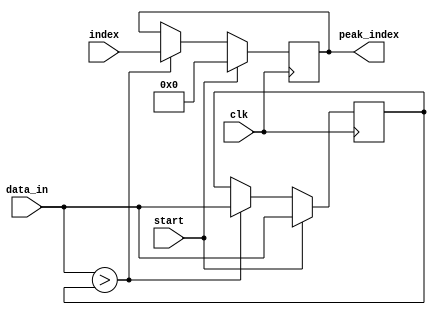
`timescale 1ns / 1ps
//////////////////////////////////////////////////////////////////////////////////
// Company: 
// Engineer: 
// 
// Design Name: 
// Module Name:    serial_peak_finder 
// Project Name: 
// Target Devices: 
// Tool versions: 
// Description: 
//
// Dependencies: 
//
// Revision: 
// Revision 0.01 - File Created
// Additional Comments: 
//
//////////////////////////////////////////////////////////////////////////////////
module serial_peak_finder(
    input clk,
    input start, //First data point must be present at data_in on cycle when start is high (1-cycle pulse)
    input signed [31:0] data_in,//on each subsequent cycle, present a new datum until don
	 input [8:0] index,
    output reg [8:0] peak_index
    );
	 
	 reg signed [31:0] largest;
	 
	 always @(posedge clk) begin
		if (start) begin
			peak_index <= 0;
			largest <= data_in;
		end
		else begin
			if (data_in > largest) begin
				largest <= data_in;
				peak_index <= index;
			end
		end
	 end


endmodule